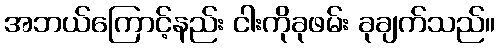
အဘယ်ကြောင့်နည်း ငါးကိုခုဖမ်း ခုချက်သည်။